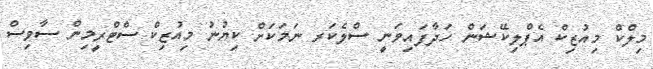
މިލްކް މިއުޒިކް އެޕްލިކޭޝަން ހަދާފައިވަނީ ސްލެކަރ ނަމަކަށް ކިޔުނު މިއުޒިކް ސްޓްރީމިން ސާވިސް